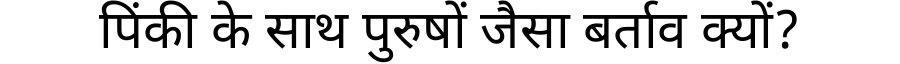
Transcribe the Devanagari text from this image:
पिंकी के साथ पुरुषों जैसा बर्ताव क्यों?